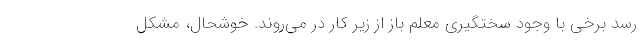
رسد برخی با وجود سختگیری معلم باز از زیر کار در می‌روند. خوشحال، مشکل